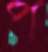
প